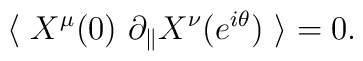
\langle\ X^\mu(0)\ \partial_\parallel X^\nu(e^{i\theta})\ \rangle=0.